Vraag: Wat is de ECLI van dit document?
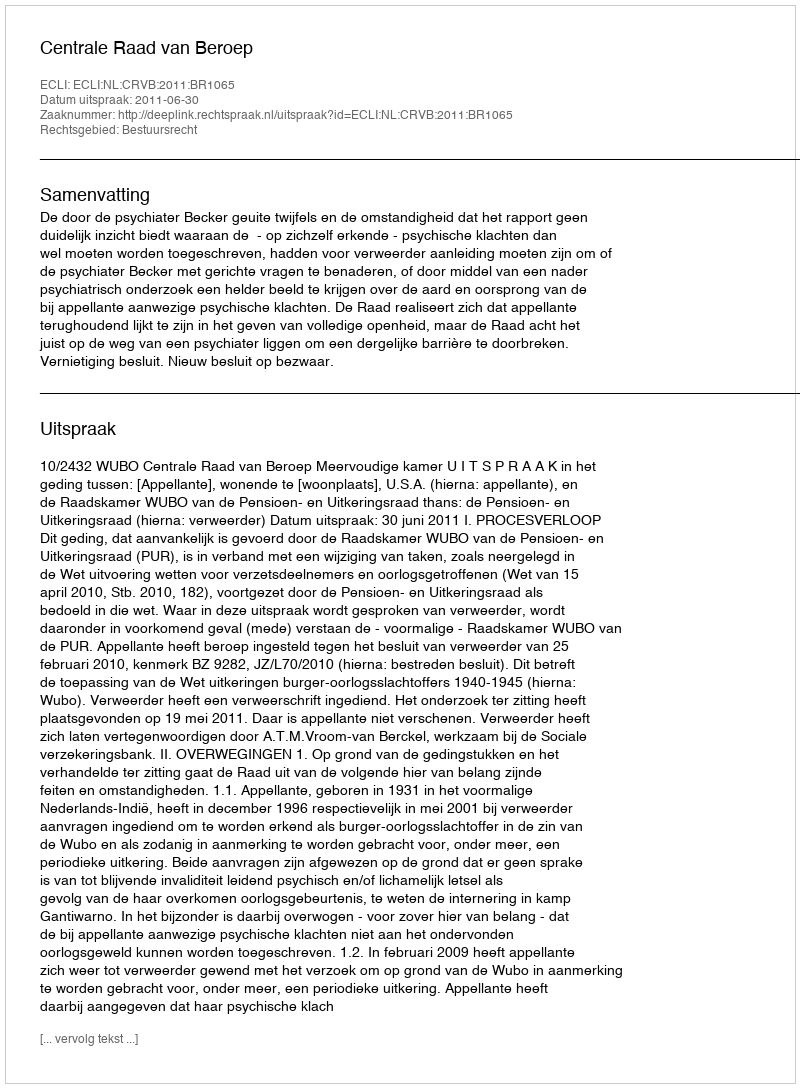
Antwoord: ECLI:NL:CRVB:2011:BR1065